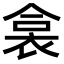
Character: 𧙳